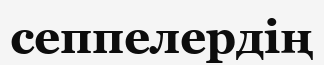
сеппелердің